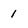
Character: 1